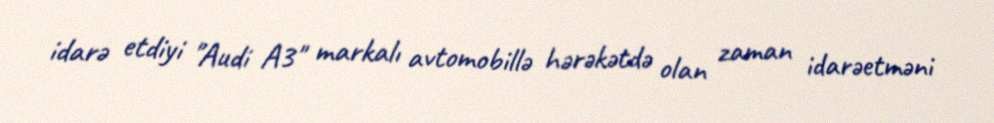
idarə etdiyi "Audi A3" markalı avtomobillə hərəkətdə olan zaman idarəetməni